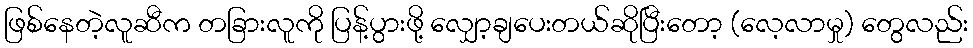
ဖြစ်နေတဲ့လူဆီက တခြားလူကို ပြန့်ပွားဖို့ လျှော့ချပေးတယ်ဆိုပြီးတော့ (လေ့လာမှု) တွေလည်း